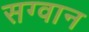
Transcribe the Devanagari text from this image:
सग्वान